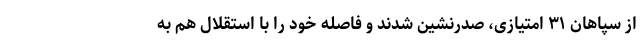
از سپاهان ۳۱ امتیازی، صدرنشین شدند و فاصله خود را با استقلال هم به